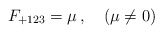
\begin{align*}F_{+123} = \mu\, ,\quad (\mu \neq 0)\end{align*}